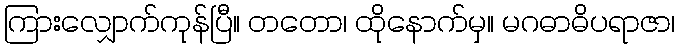
ကြားလျှောက်ကုန်ပြီ။ တတော၊ ထိုနောက်မှ။ မဂဓာဓိပရာဇာ၊